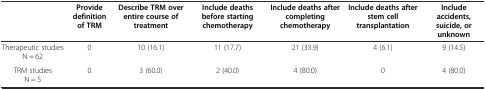
|  | Provide definition of TRM | Describe TRM over entire course of treatment | Include deaths before starting chemotherapy | Include deaths after completing chemotherapy | Include deaths after stem cell transplantation | Include accidents, suicide, or unknown |
 | --- | --- | --- | --- | --- | --- | --- |
 | Therapeutic studies N = 62 | 0 | 10 (16.1) | 11 (17.7) | 21 (33.9) | 4 (6.1) | 9 (14.5) |
 | TRM studies N = 5 | 0 | 3 (60.0) | 2 (40.0) | 4 (80.0) | 0 | 4 (80.0) |